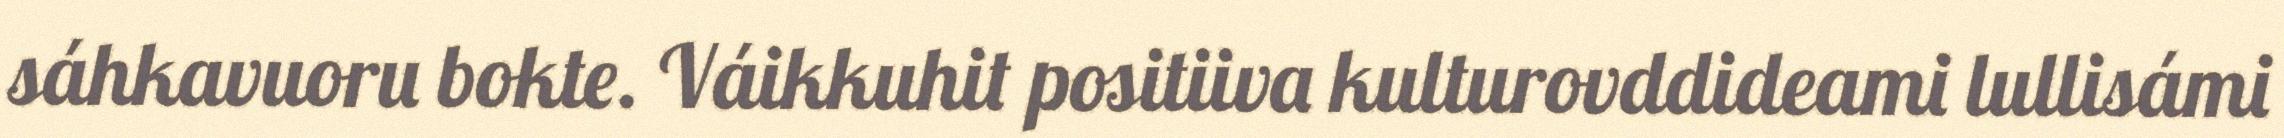
sáhkavuoru bokte. Váikkuhit positiiva kulturovddideami lullisámi